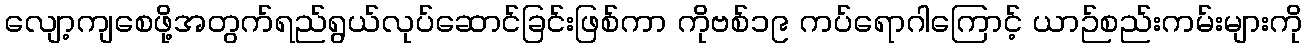
လျော့ကျစေဖို့အတွက်ရည်ရွယ်လုပ်ဆောင်ခြင်းဖြစ်ကာ ကိုဗစ်၁၉ ကပ်ရောဂါကြောင့် ယာဉ်စည်းကမ်းများကို